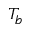
T _ { b }